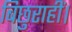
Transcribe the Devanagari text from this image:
बिछुराहीं।